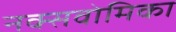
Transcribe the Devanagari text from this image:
नक्सवोमिका